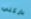
باركلي